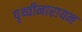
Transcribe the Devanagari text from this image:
पृथ्वीनारायन